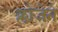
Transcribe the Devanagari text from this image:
क्लोजेने